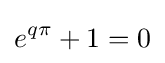
e^{q\pi }+1=0